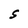
Character: S